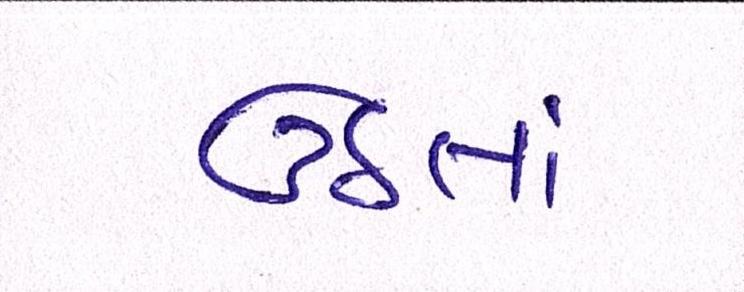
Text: ઉઠતાં